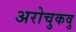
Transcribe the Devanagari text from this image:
अरोचुकवु